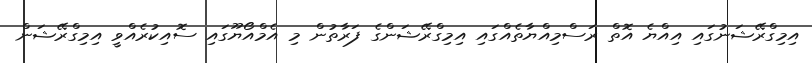
އިމިގްރޭޝަނުގައި އިއްޔެ އޮތް ރަސްމިއްޔާތެއްގައި އިމިގްރޭޝަންގެ ފަރާތުން މި އެމްއޯޔޫގައި ސޮއިކުރެއްވީ އިމިގްރޭޝަން